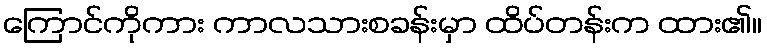
ကြောင်ကိုကား ကာလသားစခန်းမှာ ထိပ်တန်းက ထား၏။